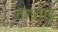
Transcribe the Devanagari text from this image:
ताभ्रपट्ट